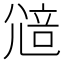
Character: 𡯷